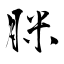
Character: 脒